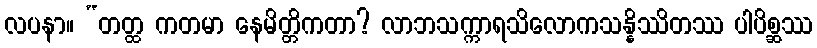
လပနာ။ “တတ္ထ ကတမာ နေမိတ္တိကတာ? လာဘသက္ကာရသိလောကသန္နိဿိတဿ ပါပိစ္ဆဿ